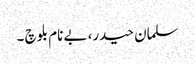
سلمان حیدر، بے نام بلوچ ۔